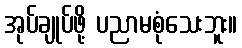
အုပ်ချုပ်ဖို့ ပညာမစုံသေးဘူး။